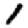
Digit: 1